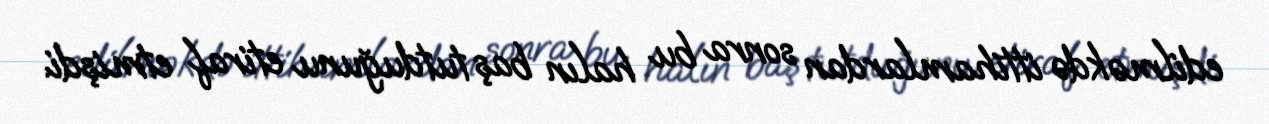
edilməkdə ittihamlardan sonra bu halın baş tutduğunu etiraf etmişdi.